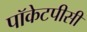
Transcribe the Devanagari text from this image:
पॉकेटपीसी